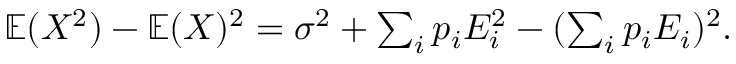
\begin{array} { r } { \mathbb { E } ( X ^ { 2 } ) - \mathbb { E } ( X ) ^ { 2 } = \sigma ^ { 2 } + \sum _ { i } p _ { i } E _ { i } ^ { 2 } - ( \sum _ { i } p _ { i } E _ { i } ) ^ { 2 } . } \end{array}